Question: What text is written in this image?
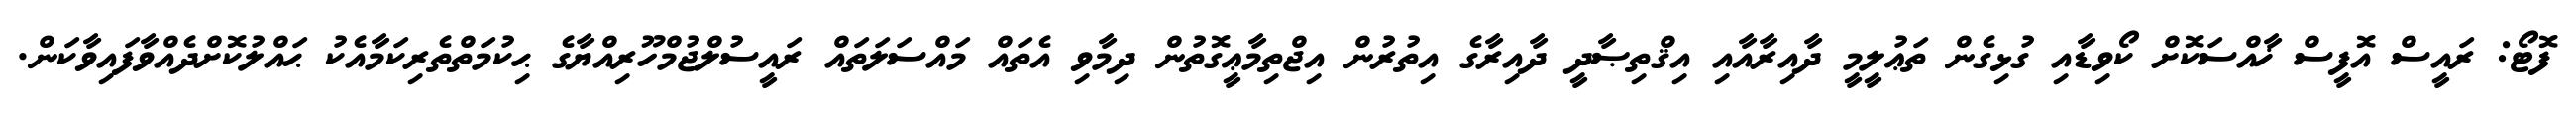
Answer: ފޮޓޯ: ރައީސް އޮފީސް ޚާއްސަކޮށް ކޯވިޑާއި ގުޅިގެން ތަޢުލީމީ ދާއިރާއާއި އިޤްތިޞާދީ ދާއިރާގެ އިތުރުން އިޖްތިމާޢީގޮތުން ދިމާވި އެތައް މައްސަލަތައް ރައީސުލްޖުމްހޫރިއްޔާގެ ޙިކުމަތްތެރިކަމާއެކު ޙައްލުކޮށްދެއްވާފައިވާކަން.